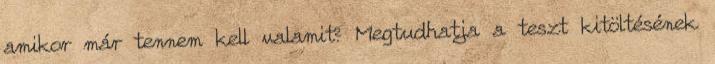
amikor már tennem kell valamit? Megtudhatja a teszt kitöltésének